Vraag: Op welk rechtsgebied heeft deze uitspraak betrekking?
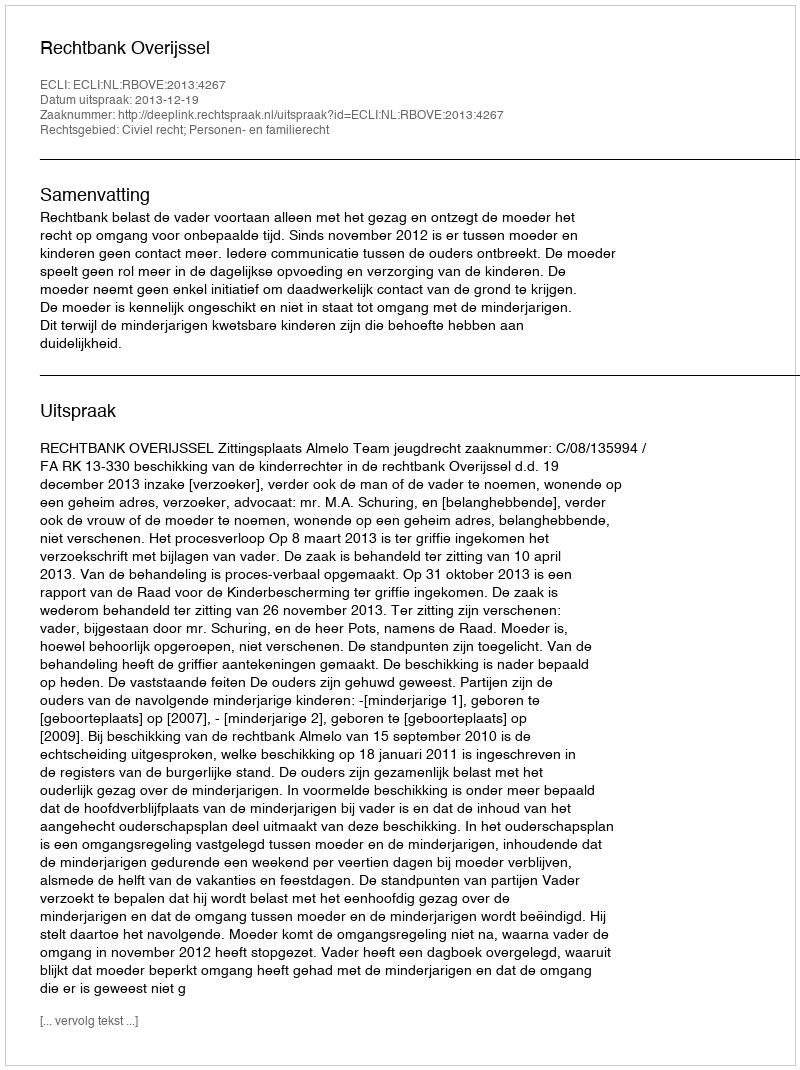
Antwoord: Civiel recht; Personen- en familierecht